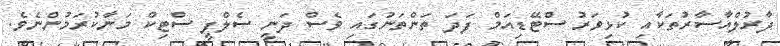
ދާރުލްއާސާރުތަކާއި ކުޅިވަރު ސްޓޭޑިއަމް ފަދަ ތަންތަނުގައި ވެސް ދަނީ ސެލްފީ ސްޓިކް މަނާކުރަމުންނެވެ.